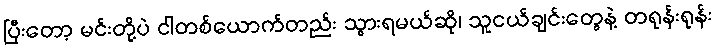
ပြီးတော့ မင်းတို့ပဲ ငါတစ်ယောက်တည်း သွားရမယ်ဆို၊ သူငယ်ချင်းတွေနဲ့ တရုန်းရုန်း